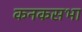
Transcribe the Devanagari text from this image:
कनकसभा